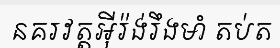
នគរវត្តអ៊ីរ៉ង់រឹងមាំ តប់ត